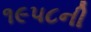
૧૯૫૮ની